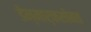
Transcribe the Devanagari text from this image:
डेन्मार्कसोबत